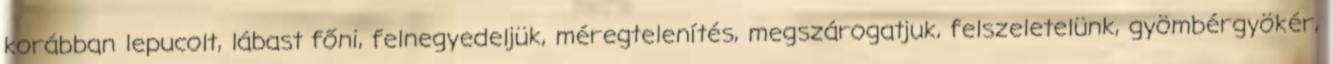
korábban lepucolt, lábast főni, felnegyedeljük, méregtelenítés, megszárogatjuk, felszeletelünk, gyömbérgyökér,